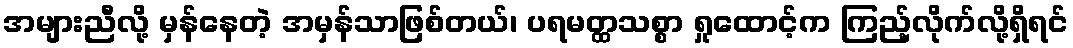
အများညီလို့ မှန်နေတဲ့ အမှန်သာဖြစ်တယ်၊ ပရမတ္ထသစ္စာ ရှုထောင့်က ကြည့်လိုက်လို့ရှိရင်